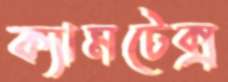
ক্যামটেক্স